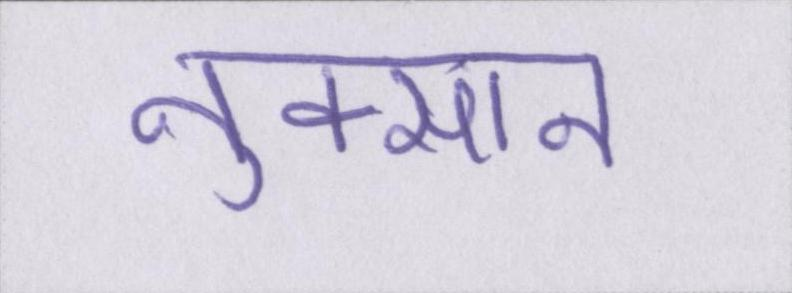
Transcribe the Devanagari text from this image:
नुक्सान